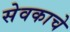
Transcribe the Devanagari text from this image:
सेवकाचे